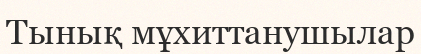
Тынық мұхиттанушылар